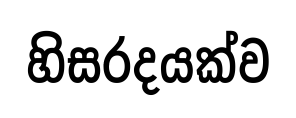
හිසරදයක්ව